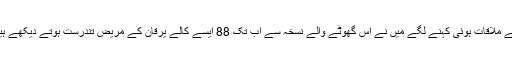
ملنے والوںمیں سے ایک انسان دوست شخص سے ملاقات ہوئی کہنے لگے میں نے اس گھوٹے والے نسخہ سے اب تک 88 ایسے کالے یرقان کے مریض تندرست ہوتے دیکھے ہیں جو ہر طرف سے بالکل مایوس ہو گئے تھے۔